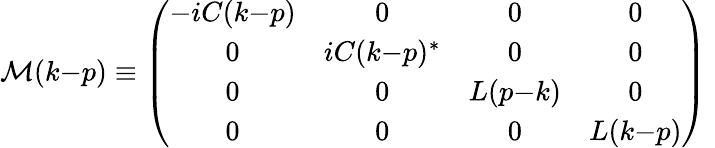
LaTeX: {\cal M}(k{-}p)\equiv\left(\begin{array}{cccc}{{-iC(k{-}p)}}&{{0}}&{{0}}&{{0}}\\ {{0}}&{{iC(k{-}p)^{*}}}&{{0}}&{{0}}\\ {{0}}&{{0}}&{{L(p{-}k)}}&{{0}}\\ {{0}}&{{0}}&{{0}}&{{L(k{-}p)}}\end{array}\right)\;